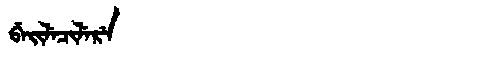
Manchu: ᠪᡝᡳᠯᡝᠴᡳᠯᡝᡵᡝ
Romanization: BEILECILERE